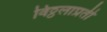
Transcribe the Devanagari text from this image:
विठ्ठलाप्रती